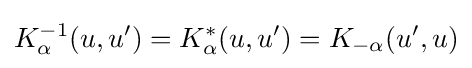
K_{\alpha }^{-1}(u,u')=K_{\alpha }^{*}(u,u')=K_{-\alpha }(u',u)